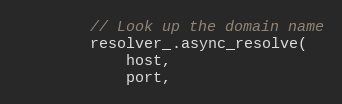
Language: C++
        // Look up the domain name
        resolver_.async_resolve(
            host,
            port,